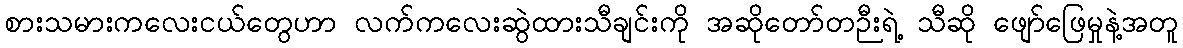
စားသမားကလေးငယ်တွေဟာ လက်ကလေးဆွဲထားသီချင်းကို အဆိုတော်တဉီးရဲ့ သီဆို ဖျော်ဖြေမှုနဲ့အတူ